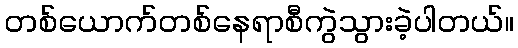
တစ်ယောက်တစ်နေရာစီကွဲသွားခဲ့ပါတယ်။